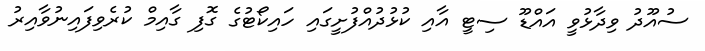
ސުއޫދު ވިދާޅުވީ އައްޑޫ ސިޓީ އާއި ކުޅުދުއްފުށީގައި ހައިކޯޓުގެ ގޮފި ގާއިމް ކުރެވިފައިނުވާއިރު